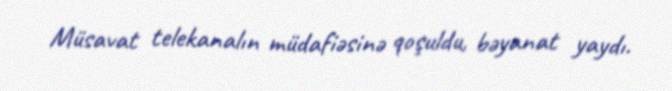
Müsavat telekanalın müdafiəsinə qoşuldu, bəyanat yaydı.